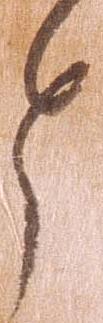
と